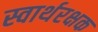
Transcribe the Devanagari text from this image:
स्वार्थरक्षक